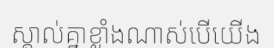
ស្គាល់គ្នាខ្លាំងណាស់បើយើង